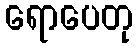
ရောပေတု